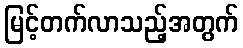
မြင့်တက်လာသည့်အတွက်